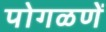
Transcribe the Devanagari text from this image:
पोगळणें